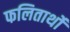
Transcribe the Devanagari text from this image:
फलितार्थों